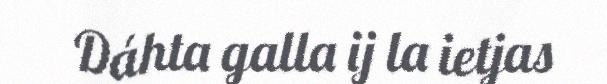
Dáhta galla ij la ietjas